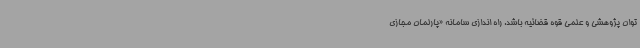
توان پژوهشی و علمی قوه قضائیه باشد. راه اندازی سامانه «پارلمان مجازی